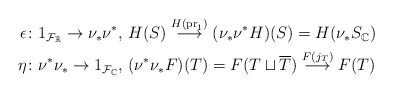
\begin{align*}\epsilon & \colon 1_{\mathcal{F_{\mathbb{R}}}}\to\nu_{*}\nu^{*},\,H(S)\stackrel{H(\mathrm{pr}_{1})}{\longrightarrow}(\nu_{*}\nu^{*}H)(S)=H(\nu_{*}S_{\mathbb{C}})\\\eta & \colon \nu^{*}\nu_{*}\to1_{\mathcal{F}_{\mathbb{C}}},\,(\nu^{*}\nu_{*}F)(T)=F(T\sqcup\overline{T})\stackrel{F(j_{T})}{\longrightarrow}F(T)\end{align*}